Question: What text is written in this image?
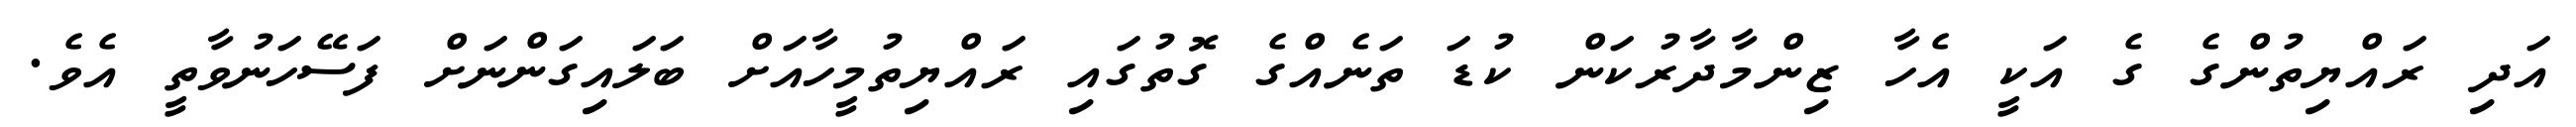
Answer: އަދި ރައްޔިތުންގެ ގެ އަކީ އެހާ ޒިންމާދާރުކަން ކުޑަ ތަނެއްގެ ގޮތުގައި ރައްޔިތުމީހާއަށް ބަލައިގަންނަށް ފަސޭހަނުވާތީ އެވެ.